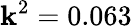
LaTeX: \mathbf{k}^{2}=0.063